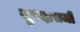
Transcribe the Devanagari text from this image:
सुरदासजी